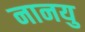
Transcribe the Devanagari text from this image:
नानयु